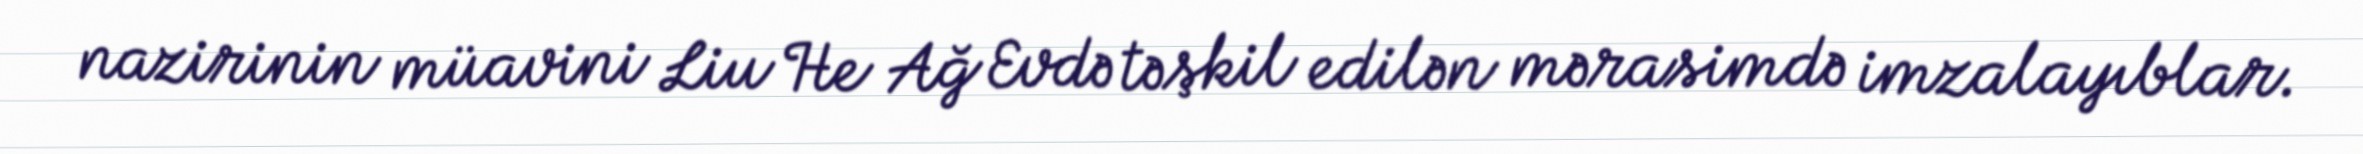
nazirinin müavini Liu He Ağ Evdə təşkil edilən mərasimdə imzalayıblar.